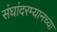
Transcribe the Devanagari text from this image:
संघांदरम्यानच्या